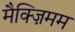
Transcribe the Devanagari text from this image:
मैक्ज़िमम